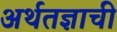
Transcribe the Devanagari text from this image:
अर्थतज्ञाची